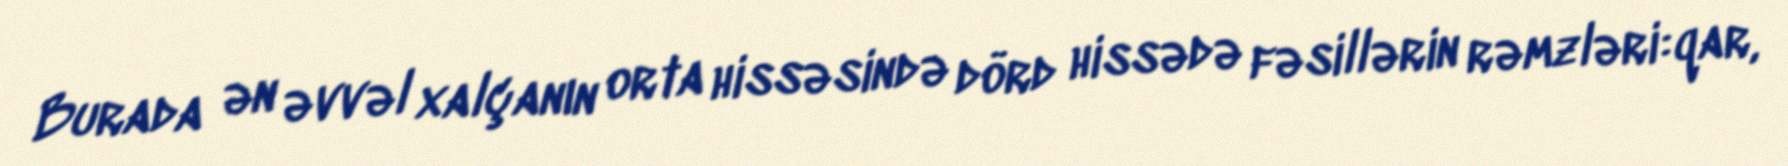
Burada ən əvvəl xalçanın orta hissəsində dörd hissədə fəsillərin rəmzləri:qar,